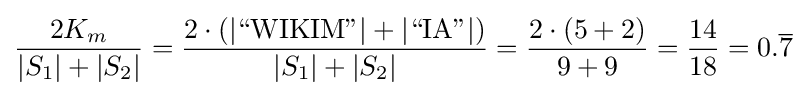
{\frac {2K_{m}}{|S_{1}|+|S_{2}|}}={\frac {2\cdot (|{\text{“WIKIM”}}|+|{\text{“IA”}}|)}{|S_{1}|+|S_{2}|}}={\frac {2\cdot (5+2)}{9+9}}={\frac {14}{18}}=0.{\overline {7}}